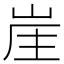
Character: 𡷜